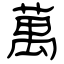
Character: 萬